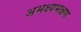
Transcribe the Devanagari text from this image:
अभक्ष्यभक्षण